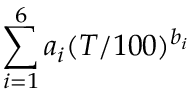
\sum _ { i = 1 } ^ { 6 } a _ { i } ( T / 1 0 0 ) ^ { b _ { i } }